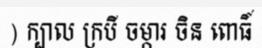
) ក្បាល ក្របី ចម្ការ ចិន ពោធិ៍